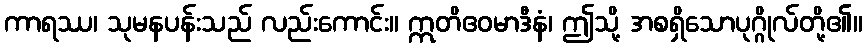
ကာရဿ၊ သုမနပန်းသည် လည်းကောင်း။ ဣတိဧဝမာဒီနံ၊ ဤသို့ အစရှိသောပုဂ္ဂိုလ်တို့၏။